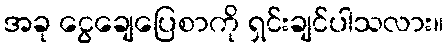
အခု ငွေချေပြေစာကို ရှင်းချင်ပါသလား။